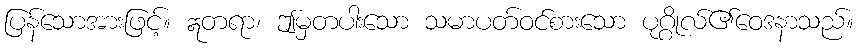
ပြန်သောအားဖြင့်။ ဣတရာ၊ ဤမှတပါးသော သမာပတ်ဝင်စားသော ပုဂ္ဂိုလ်၏ဝေဒနာသည်။